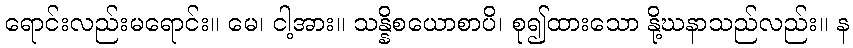
ရောင်းလည်းမရောင်း။ မေ၊ ငါ့အား။ သန္နိစယောစာပိ၊ စု၍ထားသော နို့ဃနာသည်လည်း။ န